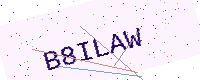
Text: B8ILAW